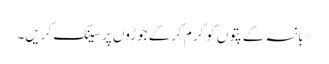
*بانسہ کے پتوں کو گرم کرکے جوڑوں پر سینک کریں۔